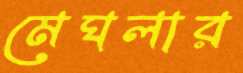
মেঘলার